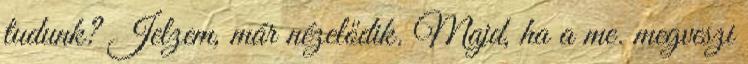
tudunk? Jelzem, már nézelődik. Majd, ha a me. megveszi